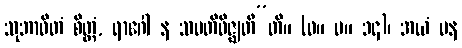
သုဘာဝိတံ စိတ္တံ, ရာဂေါ န သမတိဝိဇ္ဈတီ”တိ။ (ဓ။ ပ။ ၁၄)၊ အယံ ပန